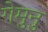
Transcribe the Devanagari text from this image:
गेमुनु